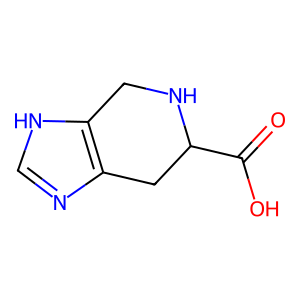
SMILES: O=C(O)C1Cc2nc[nH]c2CN1
Inhibits HIV replication: No